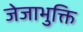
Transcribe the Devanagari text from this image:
जेजाभुक्ति